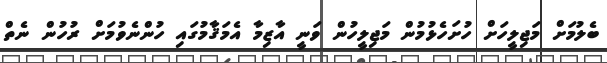
ބެލުމަށް މަޖިލީހަށް ހުށަހެޅުމުން މަޖިލީހުން ވަނީ އާޒިމާ އެމަޤާމުގައި ހުންނެވުމަށް ރުހުން ނެތް